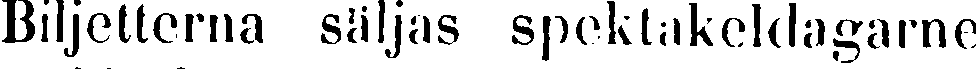
Biljetterna säljas spektakeldagarne